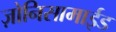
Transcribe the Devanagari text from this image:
ज़ोनिसामाईड